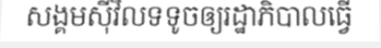
សង្គមស៊ីវិលទទូចឲ្យរដ្ឋាភិបាលធ្វើ